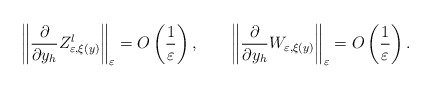
\begin{align*}\left\Vert \frac{\partial}{\partial y_{h}}Z_{\varepsilon,\xi(y)}^{l}\right\Vert _{\varepsilon}=O\left( \frac{1}{\varepsilon}\right),\qquad\left\Vert \frac{\partial}{\partial y_{h}}W_{\varepsilon,\xi(y)}\right\Vert _{\varepsilon}=O\left( \frac{1}{\varepsilon}\right) .\end{align*}